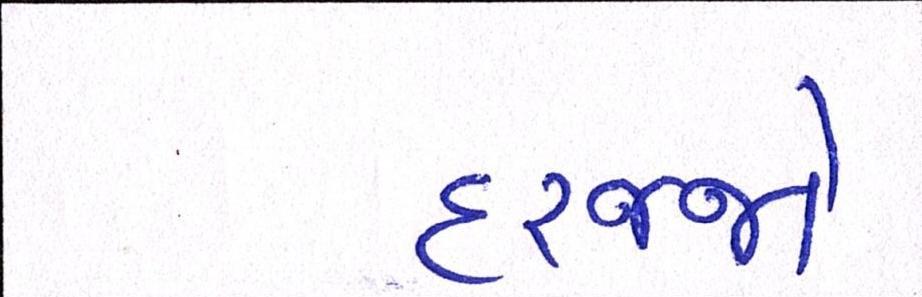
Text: દરજ્જો